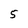
Character: 5